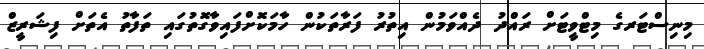
މިނިސްޓަރގެ މިޓްވީޓަށް ރައްދު ދެއްވަމުން އިތުރު ފަރާތަކުން ހާމަކޮށްފައިވާގޮތުގައި ތަފާތު އެތަށް ފިޝަރީޒް